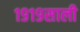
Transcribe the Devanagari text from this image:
१९१९साली